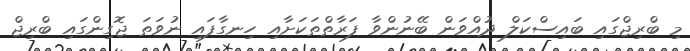
މި ބްރިޖްގައި ބައިސްކަލް ދުއްވަން ބޭނުންވާ ފަރާތްތަކަށާއި ހިނގާފައި ނުވަތަ ޖޮގިންގައި ބްރިޖް